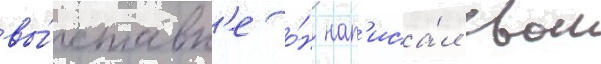
вы́ставк'е о́н нап'иса́л свои